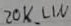
Text: 20K_LIN